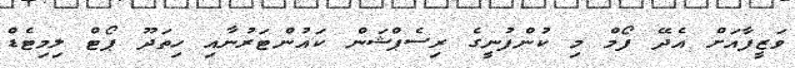
ވަޒީފާއަށް އެދޭ ފޯމް މި ކުންފުނީގެ ރިސެޕްޝަން ކައުންޓަރުނާއި ހިތަދޫ ޕޯޓް ލިމިޓެޑް